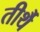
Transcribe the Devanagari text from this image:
तीर्थै